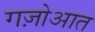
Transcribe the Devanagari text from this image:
गज़ोआत